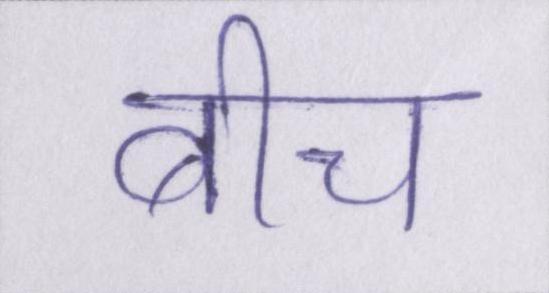
बीच